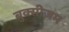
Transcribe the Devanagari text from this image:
ब्रुक्सीज़म